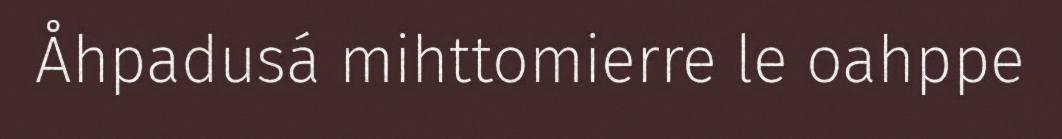
Åhpadusá mihttomierre le oahppe